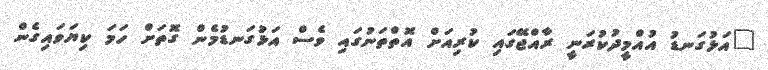
"އަޅުގަނޑު އުއްމީދުކުރަނީ ރާއްޖޭގައި ކުރިއަށް އޮތްތަނުގައި ވެސް އަޅުގަނޑުމެން ގޮތަށް ހަމަ ކިޔަވައިގެން